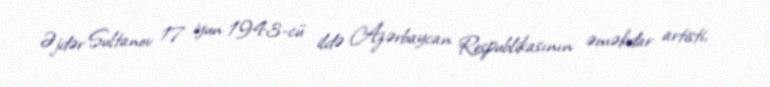
Əjdər Sultanov 17 iyun 1943-cü ildə Azərbaycan Respublikasının əməkdar artisti,